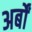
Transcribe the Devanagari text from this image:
अर्बों